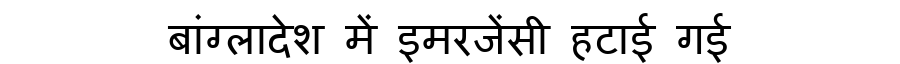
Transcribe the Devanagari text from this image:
बांग्लादेश में इमरजेंसी हटाई गई